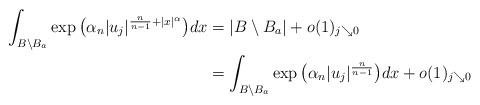
LaTeX: \begin{align*}\begin{aligned}\int_{B\setminus B_a} \exp \big( \alpha_n|u_j|^{\frac n{n-1} + |x|^\alpha }\big) dx &=|B\setminus B_a| + o(1)_{j \searrow 0} \\&= \int_{B\setminus B_a} \exp \big( \alpha_n|u_j|^{\frac n{n-1}} \big) dx + o(1)_{j \searrow 0}\end{aligned}\end{align*}